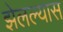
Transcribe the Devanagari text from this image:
झेलल्यास